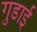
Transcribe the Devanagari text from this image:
गुडाई